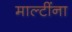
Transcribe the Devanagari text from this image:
माल्टींना